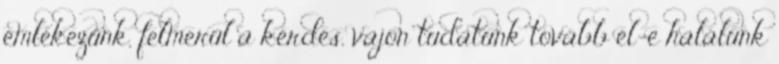
emlékezünk, felmerül a kérdés, vajon tudatunk tovább él-e halálunk